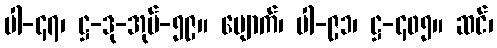
ပါ-၄၇၊ ဋ္ဌ-ဒု-အုပ်-၅၉။ မျောက်၊ ပါ-၉၁၊ ဋ္ဌ-၄၀၅။ ဆင်၊